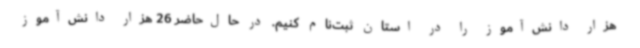
هزار دانش‌آموز را در استان ثبت‌نام کنیم. در حال‌حاضر 26 هزار دانش‌آموز